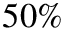
5 0 \%